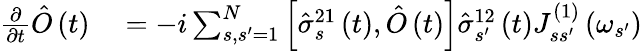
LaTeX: \begin{array}{rl}{\frac{\partial}{\partial t}\hat{O}\left(t\right)}&{{}=-i\sum_{s,s^{\prime}=1}^{N}\left[\hat{\sigma}_{s}^{21}\left(t\right),\hat{O}\left(t\right)\right]\hat{\sigma}_{s^{\prime}}^{12}\left(t\right)J_{ss^{\prime}}^{\left(1\right)}\left(\omega_{s^{\prime}}\right)}\end{array}